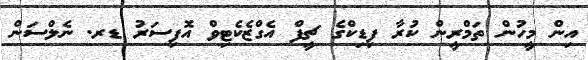
އިން މީހުން ތަމްރީން ކުރާ ފިޑިކްގެ ޗީފް އެގްޒެކެޓިވް އޮފިސަރު ޑރ. ނެލްސަން